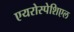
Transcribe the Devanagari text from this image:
एयरोस्पेशिएल